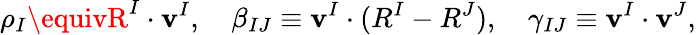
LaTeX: \rho_{I}\equivR^{I}\cdot\mathbf{v}^{I},\quad\beta_{IJ}\equiv\mathbf{v}^{I}\cdot(R^{I}-R^{J}),\quad\gamma_{IJ}\equiv\mathbf{v}^{I}\cdot\mathbf{v}^{J},